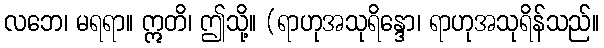
လဘေ၊ မရရာ။ ဣတိ၊ ဤသို့။ (ရာဟုအသုရိန္ဒော၊ ရာဟုအသုရိန်သည်။